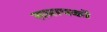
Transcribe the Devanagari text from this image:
समापकों